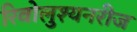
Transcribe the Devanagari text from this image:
रिवोलुश्यनरीज